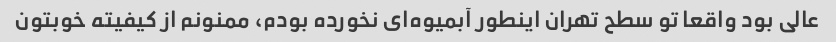
عالی بود واقعا تو سطح تهران اینطور آبمیوه‌ای نخورده بودم، ممنونم از کیفیته خوبتون